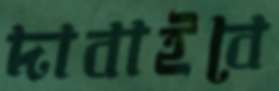
দাবাইবে